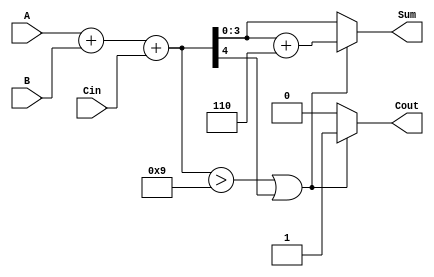
module BCD_Adder (
    input  wire [3:0] A,     // First BCD digit
    input  wire [3:0] B,     // Second BCD digit
    input  wire Cin,         // Carry input
    output reg  [3:0] Sum,   // BCD Sum output
    output reg Cout          // Carry output
);

    wire [4:0] binary_sum;    // 5-bit intermediate binary sum
    wire correction_required;  // Flag for BCD correction

    // Calculate the binary sum of A, B, and Cin
    assign binary_sum = A + B + Cin;

    // Check if BCD correction is needed
    assign correction_required = (binary_sum > 5'b01001) || (binary_sum[4]);

    always @(*) begin
        if (correction_required) begin
            // If correction is needed, add 6 (0110)
            Sum = binary_sum[3:0] + 4'b0110;
            Cout = 1;  // Set carry out
        end else begin
            Sum = binary_sum[3:0]; // No correction needed
            Cout = 0;              // No carry out
        end
    end

endmodule